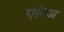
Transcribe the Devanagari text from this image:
एरिज